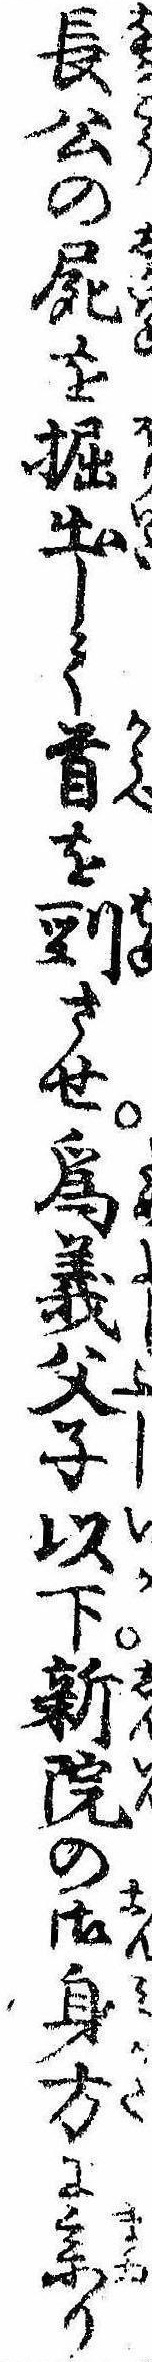
長公の屍を掘出して首を剄させ為義父子以下新院の御身方に参り